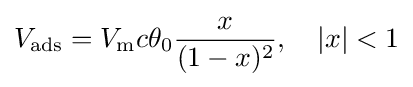
V_{\text{ads}}=V_{\text{m}}c\theta _{0}{\frac {x}{(1-x)^{2}}},\quad |x|<1